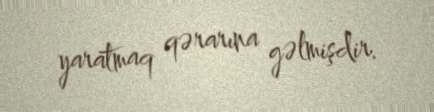
yaratmaq qərarına gəlmişdir.